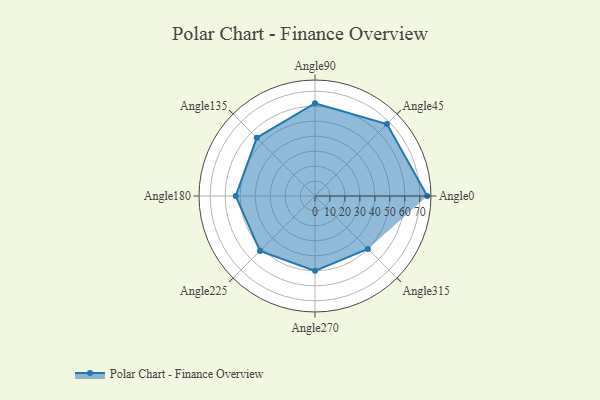
{"axis": {"x": "Angle", "y": "Radius"}, "legend": [""], "data": [{"x": "Angle0", "y": 75.0, "type": ""}, {"x": "Angle45", "y": 68.0, "type": ""}, {"x": "Angle90", "y": 62.0, "type": ""}, {"x": "Angle135", "y": 55.0, "type": ""}, {"x": "Angle180", "y": 53.0, "type": ""}, {"x": "Angle225", "y": 52.0, "type": ""}, {"x": "Angle270", "y": 50, "type": ""}, {"x": "Angle315", "y": 50, "type": ""}]}